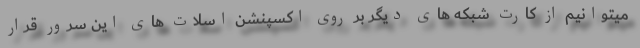
میتوانیم از کارت شبکه های دیگر بر روی اکسپنشن اسلات های این سرور قرار